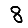
Digit: 8